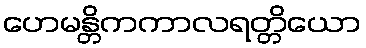
ဟေမန္တိကကာလရတ္တိယော